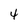
Character: 4